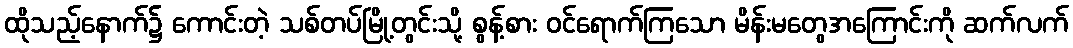
ထိုသည့်နောက်၌ ကောင်းတဲ့ သစ်တပ်မြို့တွင်းသို့ စွန့်စား ဝင်ရောက်ကြသော မိန်းမတွေအကြောင်းကို ဆက်လက်